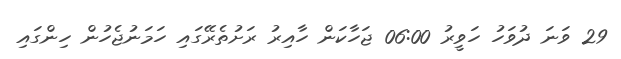
29 ވަނަ ދުވަހު ހަވީރު 06:00 ޖަހާކަން ހާއިރު ރަށުތެރޭގައި ހަމަނުޖެހުން ހިންގައި